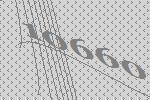
10660